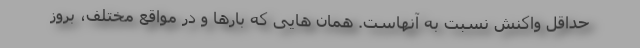
حداقل واکنش نسبت به آنهاست. همان هایی که بارها و در مواقع مختلف، بروز